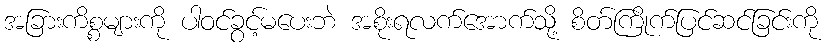
အခြားကိစ္စများကို ပါဝင်ခွင့်မပေးဘဲ အစိုးရလက်အောက်သို့ စိတ်ကြိုက်ပြင်ဆင်ခြင်းကို